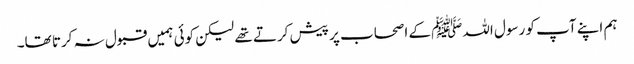
ہم اپنے آپ کو رسول اللہﷺ کے اصحاب پر پیش کرتے تھے لیکن کوئی ہمیں قبول نہ کرتا تھا۔